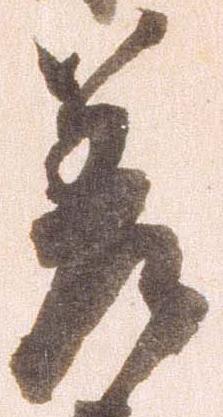
差